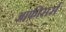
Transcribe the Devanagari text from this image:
आफ़ीसर्स